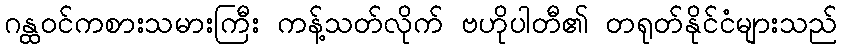
ဂန္ထဝင်ကစားသမားကြီး ကန့်သတ်လိုက် ဗဟိုပါတီ၏ တရုတ်နိုင်ငံများသည်